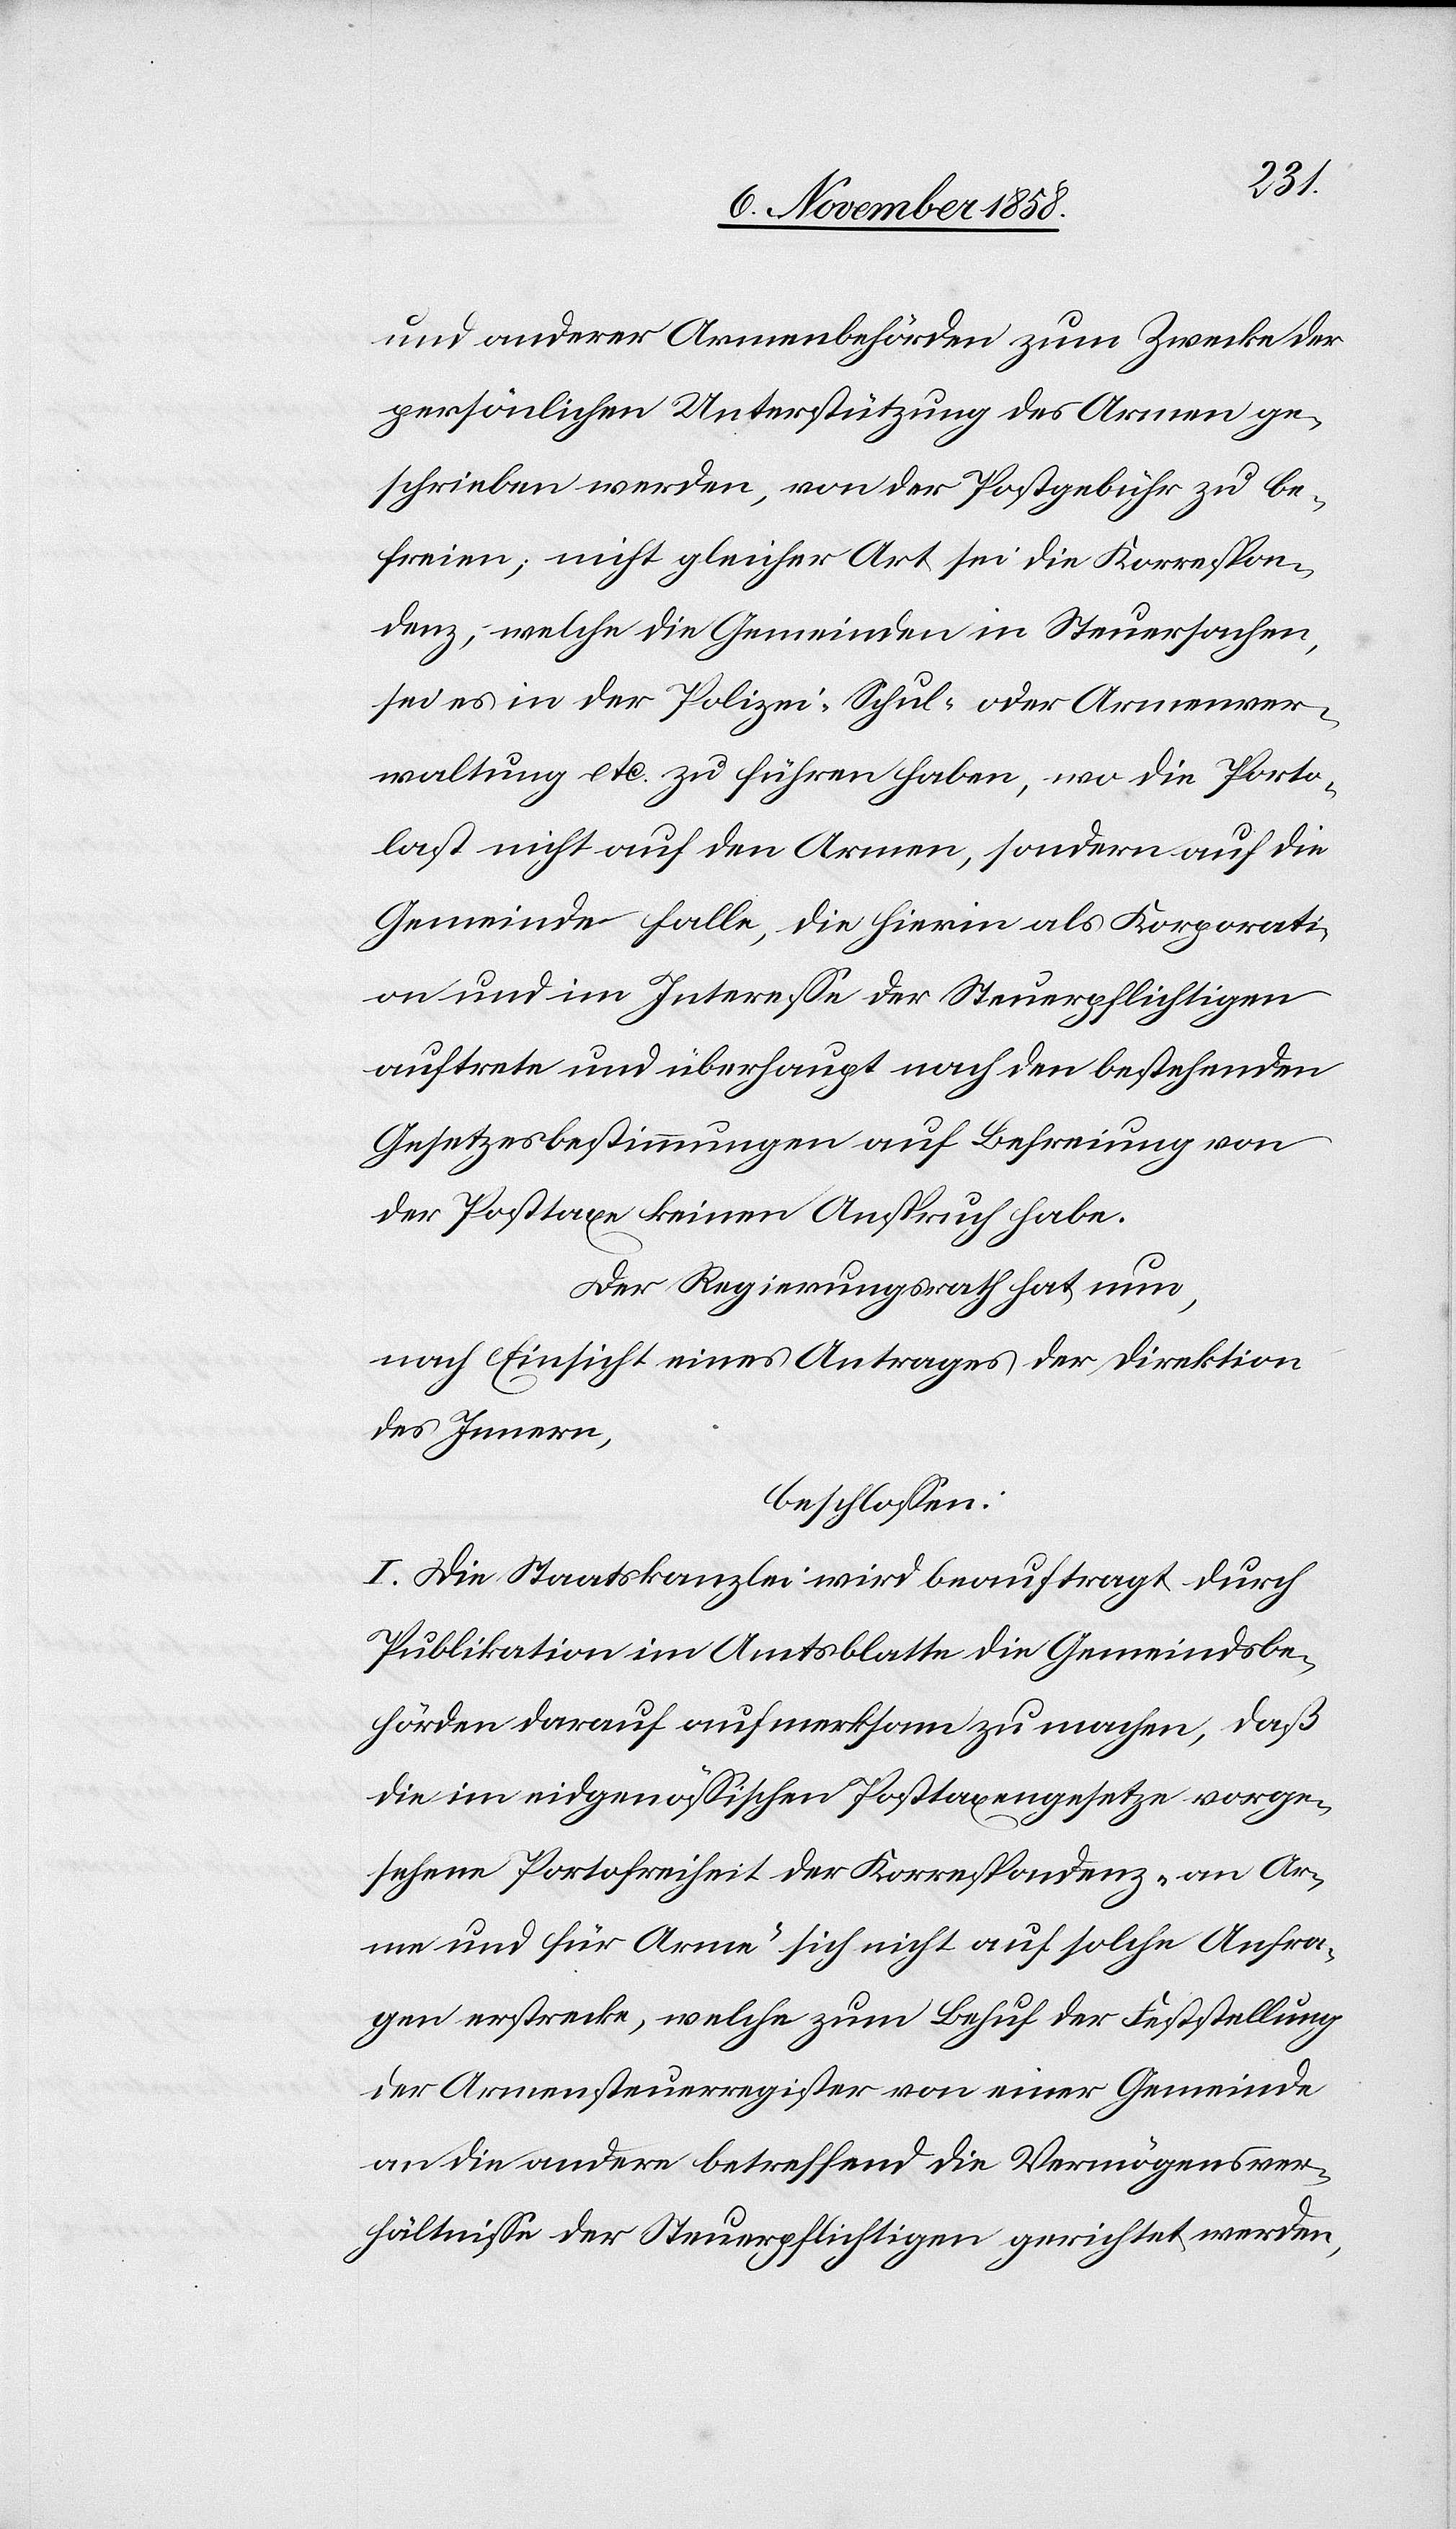
und anderer Armenbehörden zum Zwecke der
persönlichen Unterstützung des Armen ge¬
schrieben werden, von der Postgebühr zu be¬
freien; nicht gleicher Art sei die Korrespon¬
denz, welche die Gemeinden in Steuersachen,
sei es in der Polizei-[,] Schul- oder Armenver¬
waltung etc. zu führen haben, wo die Porto¬
last nicht auf den Armen, sondern auf die
Gemeinde falle, die hierin als Korporati¬
on und im Interesse der Steuerpflichtigen
auftrete und überhaupt nach den bestehenden
Gesetzesbestimmungen auf Befreiung von
der Posttaxe keinen Anspruch habe.
Der Regierungsrath hat nun,
nach Einsicht eines Antrages der Direktion
des Innern,
beschlossen:
I. Die Staatskanzlei wird beauftragt durch
Publikation im Amtsblatte die Gemeindsbe¬
hörden darauf aufmerksam zu machen, daß
die im eidgenössischen Posttaxengesetze vorge¬
sehene Portofreiheit der Korrespondenz „an Ar¬
me und für Arme“ sich nicht auf solche Anfra¬
gen erstrecke, welche zum Behuf der Feststellung
der Armensteuerregister von einer Gemeinde
an die andere betreffend die Vermögensver¬
hältnisse der Steuerpflichtigen gerichtet werden,